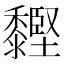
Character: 䵛